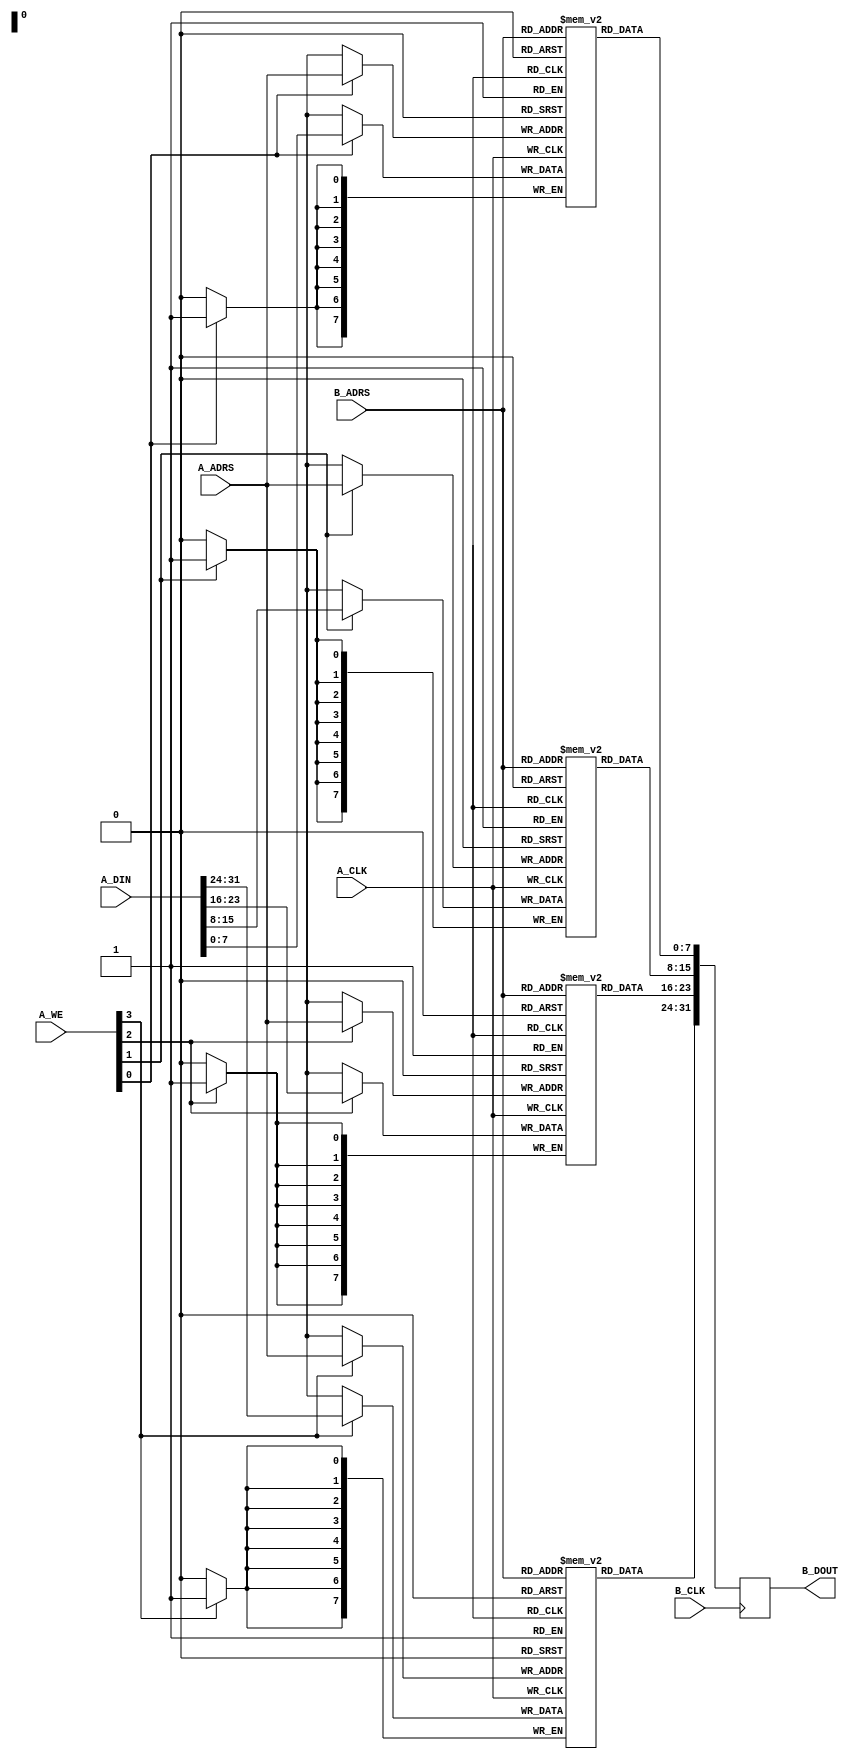
/*
 * Copyright (C)2014-2015 AQUAXIS TECHNOLOGY.
 *  Don't remove this header. 
 * When you use this source, there is a need to inherit this header.
 *
 * License
 *  For no commercial -
 *   License:     The Open Software License 3.0
 *   License URI: http://www.opensource.org/licenses/OSL-3.0
 *
 *  For commmercial -
 *   License:     AQUAXIS License 1.0
 *   License URI: http://www.aquaxis.com/licenses
 *
 * For further information please contact.
 *	URI:    http://www.aquaxis.com/
 */
module ram32x256(
	input			A_CLK,
	input [3:0]		A_WE,
	input [7:0]		A_ADRS,
	input [31:0]	A_DIN,
//	output [31:0]	A_DOUT,

	input			B_CLK,
//	input [3:0]		B_WE,
	input [7:0]		B_ADRS,
//	input [31:0]	B_DIN,
	output [31:0]	B_DOUT
);

reg [7:0]	dataa	[0:255];
reg [7:0]	datab	[0:255];
reg [7:0]	datac	[0:255];
reg [7:0]	datad	[0:255];
reg [31:0]	outdataa, outdatab;

always @(posedge A_CLK) begin
	if(A_WE[0]) begin
		dataa[A_ADRS] <= A_DIN[7:0];
	end
	if(A_WE[1]) begin
		datab[A_ADRS] <= A_DIN[15:8];
	end
	if(A_WE[2]) begin
		datac[A_ADRS] <= A_DIN[23:16];
	end
	if(A_WE[3]) begin
		datad[A_ADRS] <= A_DIN[31:24];
	end
//	outdataa[31:0]	<= {datad[A_ADRS], datac[A_ADRS], datab[A_ADRS], dataa[A_ADRS]};
end

always @(posedge B_CLK) begin
/*
	if(B_WE[0]) begin
		dataa[B_ADRS] <= B_DIN[7:0];
	end
	if(B_WE[1]) begin
		datab[B_ADRS] <= B_DIN[15:8];
	end
	if(B_WE[2]) begin
		datac[B_ADRS] <= B_DIN[23:16];
	end
	if(B_WE[3]) begin
		datad[B_ADRS] <= B_DIN[31:24];
	end
*/
	outdatab[31:0]	<= {datad[B_ADRS], datac[B_ADRS], datab[B_ADRS], dataa[B_ADRS]};
end

//assign A_DOUT[31:0]	= outdataa[31:0];
assign B_DOUT[31:0]	= outdatab[31:0];

endmodule